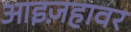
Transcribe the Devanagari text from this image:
आइज़हावर